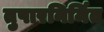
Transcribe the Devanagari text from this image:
तुषारनिर्मित